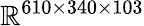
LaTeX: \mathbb{R}^{610\times 340\times 103}